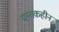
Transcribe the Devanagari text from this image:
मस्तकहीन